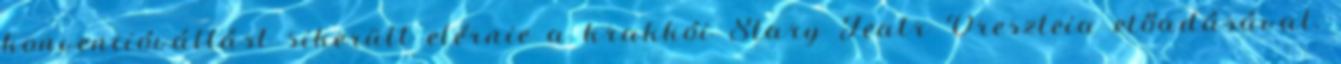
konvencióváltást sikerült elérnie a krakkói Stary Teatr Oreszteia előadásával.